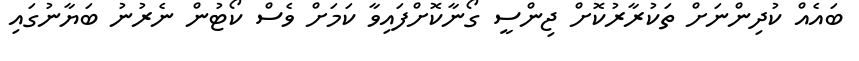
ބައެއް ކުދިންނަށް ތަކުރާރުކޮށް ޖިންސީ ގޯނާކޮށްފައިވާ ކަމަށް ވެސް ކޯޓުން ނެރުނު ބަޔާނުގައި